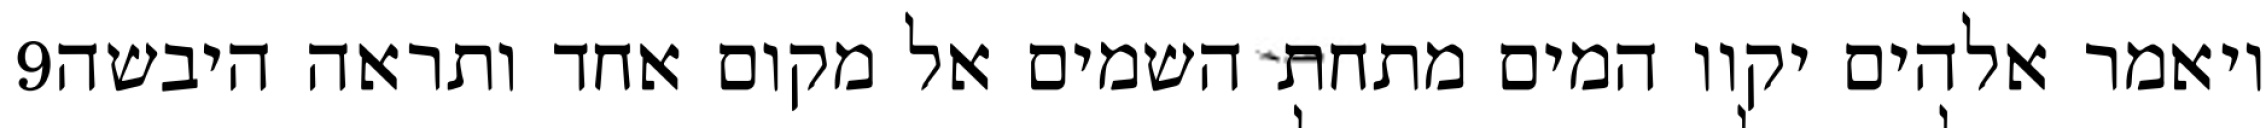
‎9‏ ויאמר אלהים יקוו המים מתחת השמים אל מקום אחד ותראה היבשה